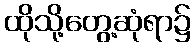
ထိုသို့တွေ့ဆုံရာ၌